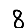
Digit: 8